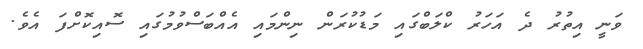
ވަނީ އިތުރު ދެ އަހަރު ކްލަބްގައި މަޑުކުރަން ނިންމައި އެއްބަސްވުމުގައި ސޮއިކޮށްފަ އެވެ.